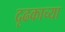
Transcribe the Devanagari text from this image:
दृढकाच्या